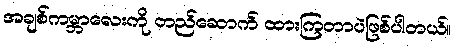
အချစ်ကမ္ဘာလေးကို တည်ဆောက် ထားကြတာပဲဖြစ်ပါတယ်။